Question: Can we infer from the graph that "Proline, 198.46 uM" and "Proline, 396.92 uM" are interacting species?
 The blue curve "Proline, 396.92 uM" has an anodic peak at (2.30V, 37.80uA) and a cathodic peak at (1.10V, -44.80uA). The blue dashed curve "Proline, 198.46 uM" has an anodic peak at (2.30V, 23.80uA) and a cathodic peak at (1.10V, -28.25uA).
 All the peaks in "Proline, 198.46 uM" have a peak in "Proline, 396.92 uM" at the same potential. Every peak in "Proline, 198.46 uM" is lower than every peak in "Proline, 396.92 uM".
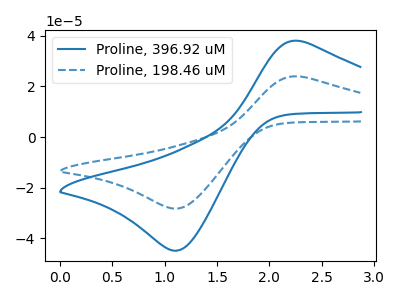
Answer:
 <answer>No, "Proline, 198.46 uM" and "Proline, 396.92 uM" don't appear to be significantly different in shape</answer>
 <eval>no_change</eval>